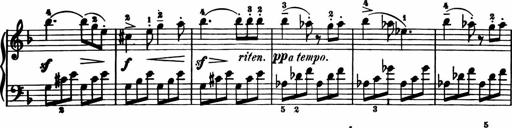
Title: 11 Sonatinas for Piano Solo
Composer: Anton Diabelli